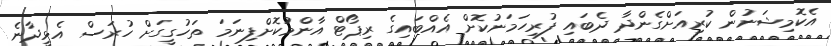
އެކޮމިޝަނުން ކުރިއަށްގެންދާ ދެބައި ފުރިހަމަނުކޮށް އެއްބައިގެ ރިޕޯޓް އާންމުކޮށްފިނަމަ ތަހުގީގަށް ހުރަސް އެޅީދާނެ